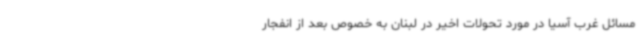
مسائل غرب آسیا در مورد تحولات اخیر در لبنان به خصوص بعد از انفجار